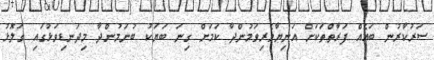
ސަރުކާރުން ބައެއް ފަރާތްތަކަށް އަނިޔާވެރިވަމުންދާ ކަމަށް ގިނަ ބަޔަކު ބުނަމުންދާ މިދަނޑިވަޅުގައި ގަލޮޅު